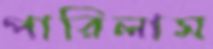
পারিলাম